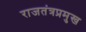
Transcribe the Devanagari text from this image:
राजतंत्रप्रमुख